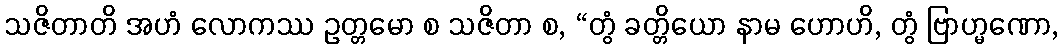
သဇိတာတိ အဟံ လောကဿ ဥတ္တမော စ သဇိတာ စ, “တွံ ခတ္တိယော နာမ ဟောဟိ, တွံ ဗြာဟ္မဏော,